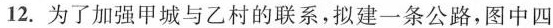
12. 为了加强甲城与乙村的联系，拟建一条公路，图中四